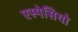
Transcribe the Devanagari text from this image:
एस्पेसियो